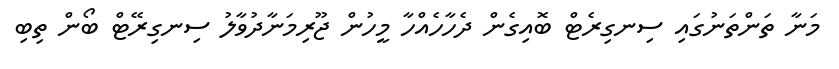
މަނާ ތަންތަނުގައި ސިނގިރެޓް ބޮއިގެން ދެހާހެއްހާ މީހުން ޖޫރިމަނާދުވާލު ސިނގިރޭޓް ބޯން ތިބި